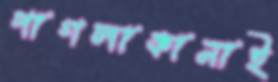
পাগলাকানাই